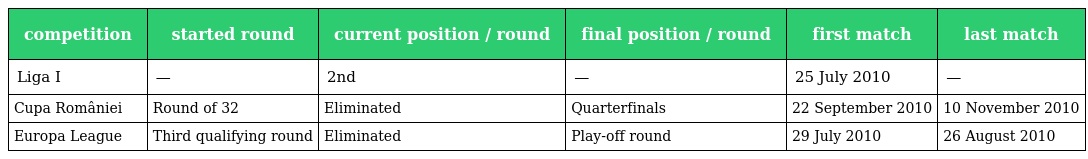
| competition | started round | current position / round | final position / round | first match | last match |
 | --- | --- | --- | --- | --- | --- |
 | Liga I | — | 2nd | — | 25 July 2010 | — |
 | Cupa României | Round of 32 | Eliminated | Quarterfinals | 22 September 2010 | 10 November 2010 |
 | Europa League | Third qualifying round | Eliminated | Play-off round | 29 July 2010 | 26 August 2010 |